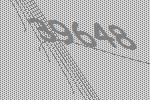
39648